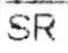
SR